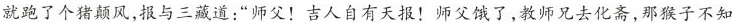
就跑了个猪颠风，报与三藏道：“师父！吉人自有天报！师父饿了，教师兄去化斋，那猴子不知